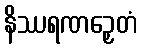
နိဿရဏဉှေတံ